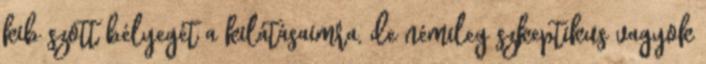
kib szott bélyegét a kilátásaimra, de némileg szkeptikus vagyok